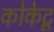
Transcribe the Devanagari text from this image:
कोकेटू